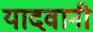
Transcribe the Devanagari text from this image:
यादवानी